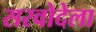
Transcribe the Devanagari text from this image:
सरवोदेला